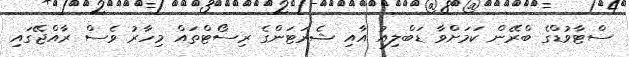
ސްޓާވުޑްގެ ބްރޭން ކަމަށްވާ ޑަބްލިއު އާއި ޝެރަޓަންގެ ރިސޯޓްތައް މިހާރު ވެސް ރާއްޖޭގައި